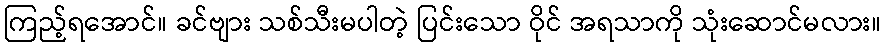
ကြည့်ရအောင်။ ခင်ဗျား သစ်သီးမပါတဲ့ ပြင်းသော ဝိုင် အရသာကို သုံးဆောင်မလား။